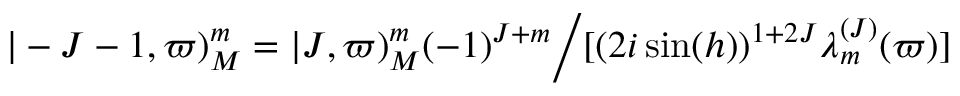
\vert - J - 1 , \varpi ) _ { M } ^ { m } = \vert J , \varpi ) _ { M } ^ { m } ( - 1 ) ^ { J + m } \Bigl / [ ( 2 i \sin ( h ) ) ^ { 1 + 2 J } \lambda _ { m } ^ { ( J ) } ( \varpi ) ]